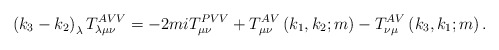
\begin{align*}\left( k_{3}-k_{2}\right) _{\lambda }T_{\lambda \mu \nu }^{AVV}=-2miT_{\mu\nu }^{PVV}+T_{\mu \nu }^{AV}\left( k_{1},k_{2};m\right) -T_{\nu \mu}^{AV}\left( k_{3},k_{1};m\right) .\end{align*}